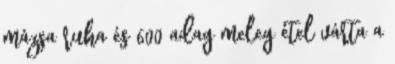
mázsa ruha és 600 adag meleg étel várta a